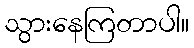
သွားနေကြတာပါ။